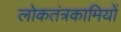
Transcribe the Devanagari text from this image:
लोकतंत्रकामियों